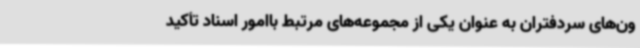
ون‌های سردفتران به عنوان یکی از مجموعه‌های مرتبط باامور اسناد تأکید